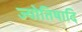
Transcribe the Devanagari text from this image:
ज्योतिषादि